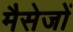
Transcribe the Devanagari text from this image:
मैसेजों